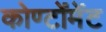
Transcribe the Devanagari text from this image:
कोण्टोंमेंट